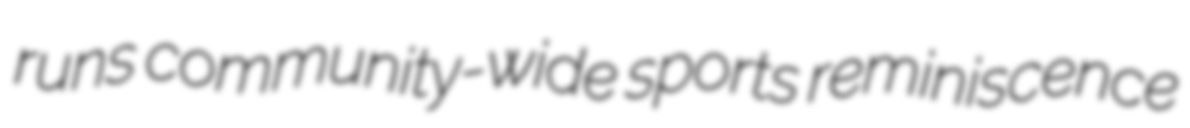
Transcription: runs community-wide sports reminiscence